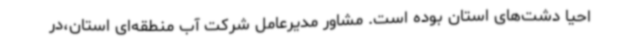
احیا دشت‌های استان بوده است. مشاور مدیرعامل شرکت آب منطقه‌ای استان،در